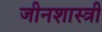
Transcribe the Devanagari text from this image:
जीनशास्त्री